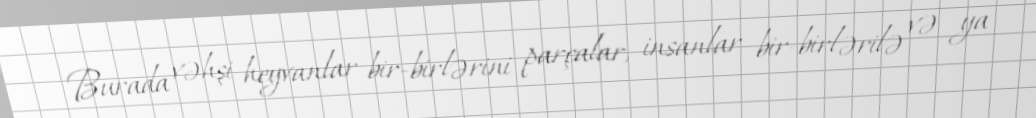
Burada vəhşi heyvanlar bir-birlərini parçalar, insanlar bir-birlərilə və ya